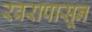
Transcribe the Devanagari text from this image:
रबरापासून